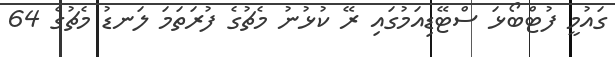
ގައުމީ ފުޓްބޯޅަ ސްޓޭޑިއަމުގައި ރޭ ކުޅުނު މެޗުގެ ފުރަތަމަ ލަނޑު މެޗުގެ 64